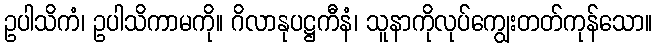
ဥပါသိကံ၊ ဥပါသိကာမကို။ ဂိလာနုပဋ္ဌကီနံ၊ သူနာကိုလုပ်ကျွေးတတ်ကုန်သော။